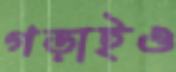
গড়াইও